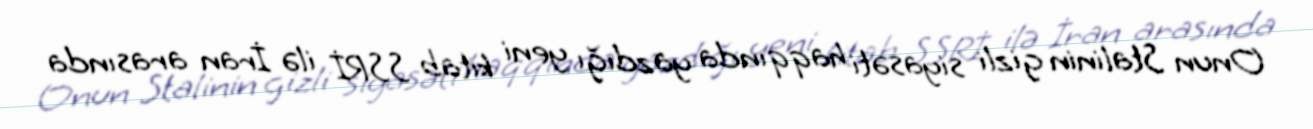
Onun Stalinin gizli siyasəti haqqında yazdığı yeni kitab SSRİ ilə İran arasında